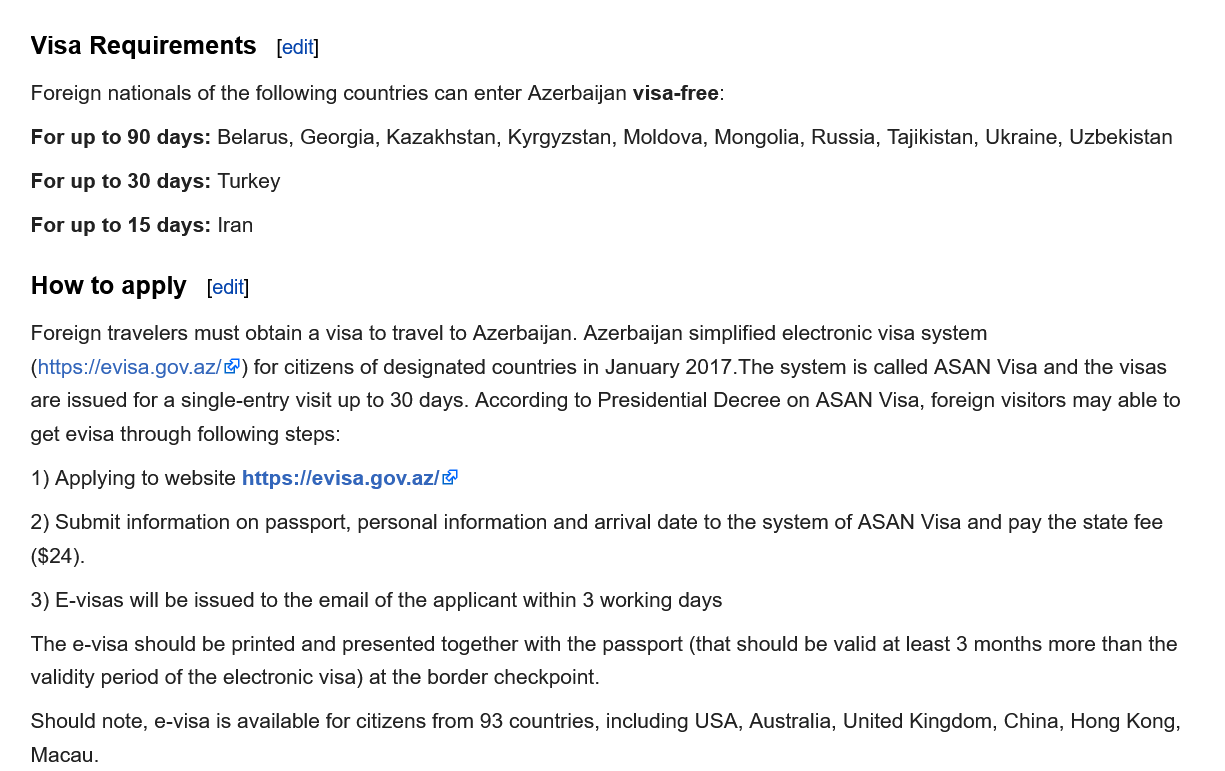
Visa Reauirements    [edit]
   Foreign nationals of the following countries can enter Azerbaijan visa-free:
   For up to 90 days: Belarus, Georgia, Kazakhstan, Kyrgyzstan, Moldova, Mongolia, Russia, Tajikistan, Ukraine, Uzbekistar
   For up to 30 days: Turkey
   For up to 15 days: Iran
   How to   apply   edit
   Foreign travelers must obtain a visa to travel to Azerbaijan. Azerbaijan simplified electronic visa system
   (https://evisa.gov.az/&) for citizens of designated countries in January 2017.The system is called ASAN Visa and the visas
   are issued for a single-entry visit up to 30 days. According to Presidential Decree on ASAN Visa, foreign visitors may able to
   get evisa through following steps:
    1) Applying to website https://evisa.gov.az/@
   2) Submit information on passport, personal information and arrival date to the system of ASAN Visa and pay the state fee
   ($24).
   3) E-visas will be issued to the email of the applicant within 3 working days
   The e-visa should be printed and presented together with the passport (that should be valid at least 3 months more than the
   validity period of the electronic visa) at the border checkpoint.
   Should note, e-visa is available for citizens from 93 countries, including USA, Australia, United Kingdom, China, Hong Kong,
   Macau.